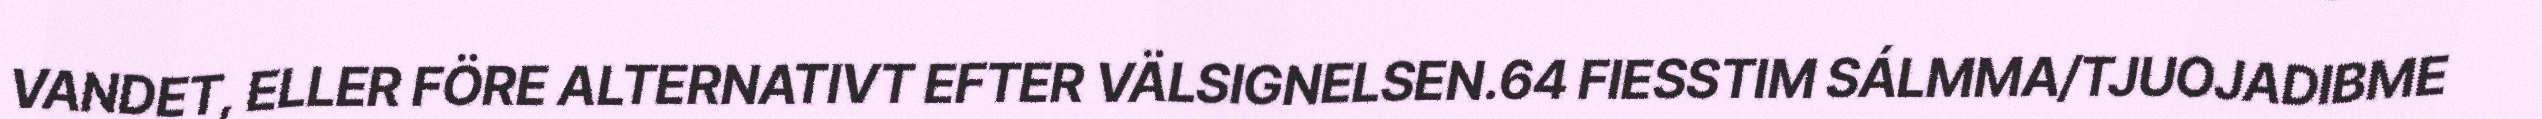
VANDET, ELLER FÖRE ALTERNATIVT EFTER VÄLSIGNELSEN.64 FIESSTIM SÁLMMA/TJUOJADIBME